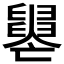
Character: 𦦭